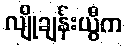
လျိုချန်းယွီက